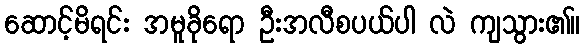
ဆောင့်မိရင်း အမူခိုရော ဦးအလီစပယ်ပါ လဲ ကျသွား၏။